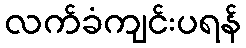
လက်ခံကျင်းပရန်